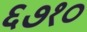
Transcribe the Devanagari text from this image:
६७१०